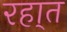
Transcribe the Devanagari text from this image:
रहा्त